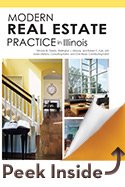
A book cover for Modern Real Estate Practice in Illinois; Filmore W. Galaty; Business & Money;